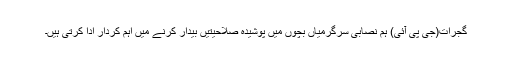
گجرات(جی پی آئی) ہم نصابی سرگرمیاں بچوں میں پوشیدہ صلاحیتیں بیدار کرنے میں اہم کردار ادا کرتی ہیں۔